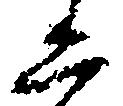
二